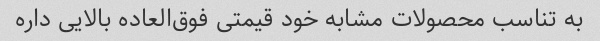
به تناسب محصولات مشابه خود قیمتی فوق‌العاده بالایی داره